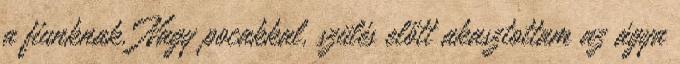
a fiunknak. Nagy pocakkal, szülés előtt akasztottam az ágya